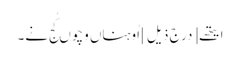
ایتھے [درج ذیل] اُوہناں وِچوں کُج نے۔